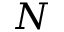
N